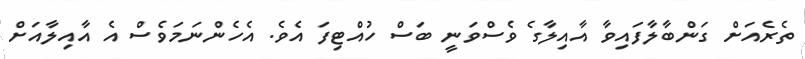
ތެރެއަށް ގަންބާލާފައިވާ އާއިލާގެ ވެސްވަނީ ބަސް ހުއްޓިފަ އެވެ. އެހެންނަމަވެސް އެ އާއިލާއަށް